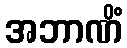
အဘာဏိံ